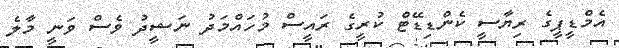
އެމްޑީޕީގެ ރިޔާސީ ކެންޑިޑޭޓް ކުރީގެ ރައީސް މުހައްމަދު ނަޝީދު ވެސް ވަނީ މާލެ